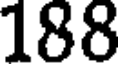
188